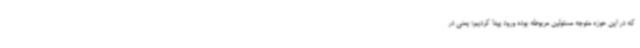
که در این حوزه متوجه مسئولین مربوطه بوده ورود پیدا کردیم؛ یعنی در